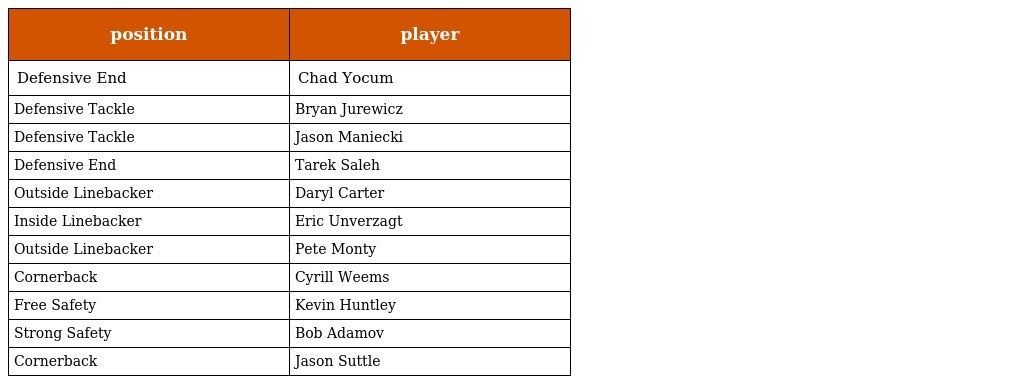
| position | player |
 | --- | --- |
 | Defensive End | Chad Yocum |
 | Defensive Tackle | Bryan Jurewicz |
 | Defensive Tackle | Jason Maniecki |
 | Defensive End | Tarek Saleh |
 | Outside Linebacker | Daryl Carter |
 | Inside Linebacker | Eric Unverzagt |
 | Outside Linebacker | Pete Monty |
 | Cornerback | Cyrill Weems |
 | Free Safety | Kevin Huntley |
 | Strong Safety | Bob Adamov |
 | Cornerback | Jason Suttle |